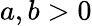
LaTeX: a,b>0